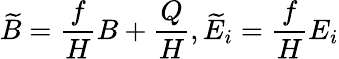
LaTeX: \widetilde{B}=\frac{f}{H}B+\frac{Q}{H},\widetilde{E}_{i}=\frac{f}{H}E_{i}